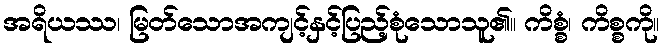
အရိယဿ၊ မြတ်သောအကျင့်နှင့်ပြည့်စုံသောသူ၏။ ကိစ္စံ၊ ကိစ္စကို။